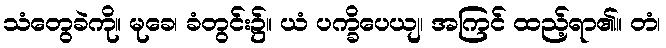
သံတွေခဲကို။ မုခေ၊ ခံတွင်း၌။ ယံ ပက္ခိပေယျ၊ အကြင် ထည့်ရာ၏။ တံ၊